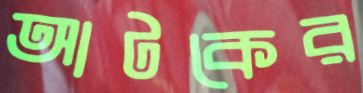
আটকের